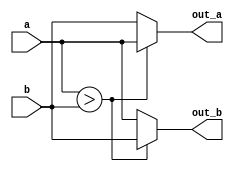
module comparator(a, b, out_a, out_b);
	input  [63:0] a, b;
	output [63:0]    out_a, out_b;

	assign out_a = (a>b) ? a : b;
	assign out_b = (a>b) ? b : a;

endmodule